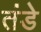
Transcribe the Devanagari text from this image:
तंडे